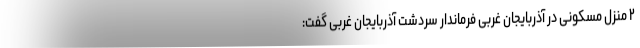
۲ منزل مسکونی در آذربایجان غربی فرماندار سردشت آذربایجان غربی گفت: